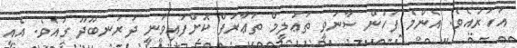
އަހަރުއެވެ. އެންމެ ފަހުން ސާނަވީ ތަޢުލީމް ތަޢާރަފް ކޮށްފައިވަނީ ދަރަނބޫދޫ ގައެވެ. އެއީ